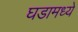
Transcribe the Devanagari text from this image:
घडामध्ये